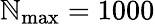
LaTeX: \mathbb{N}_{\mathrm{{max}}}=1000